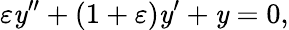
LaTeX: \varepsilon\mathit{y}^{\prime\prime}+(1+\varepsilon)\mathit{y}^{\prime}+\mathit{y}=0,